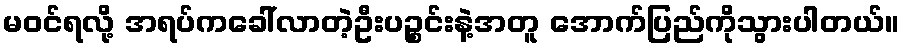
မဝင်ရလို့ အရပ်ကခေါ်လာတဲ့ဦးပဉ္စင်းနဲ့အတူ အောက်ပြည်ကိုသွားပါတယ်။